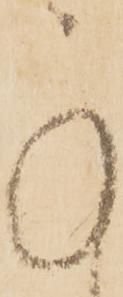
承